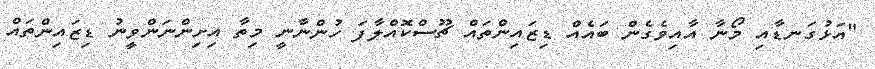
"އަޅުގަނޑާއި މޯނާ އާއިވެގެން ބައެއް ޑިޒައިންތައް ޗޫސްކޮއްލާފަ ހުންނާނީ މިތާ އިށިންނަންވީނު ޑިޒައިންތައް